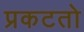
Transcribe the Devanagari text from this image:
प्रकटतो